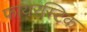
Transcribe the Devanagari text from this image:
फायरस्टिक